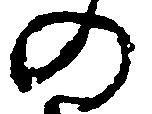
の